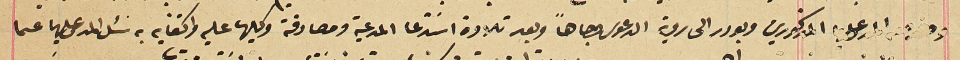
وحضر المدعى عليهما المذكورين وبودر الى روية الدعوى وجاهاً وبعد تلاوة اسَتدعا المدعية ومصادقة وكيلها عليه واكتفايه به سَئل المدعى عليهما عما